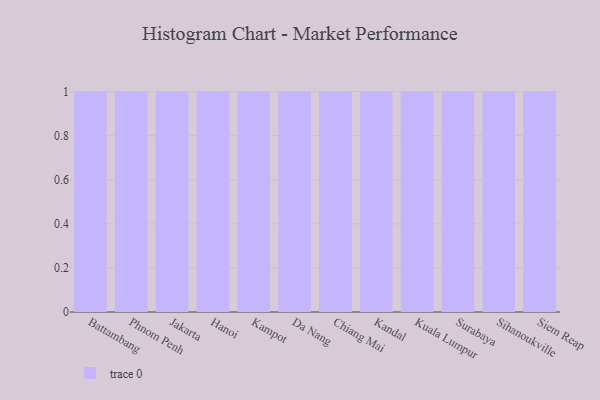
{"axis": {"x": "City", "y": "Market Share (%)"}, "legend": [""], "data": [{"x": "Battambang", "y": 43, "type": ""}, {"x": "Phnom Penh", "y": 23, "type": ""}, {"x": "Jakarta", "y": 8, "type": ""}, {"x": "Hanoi", "y": 11, "type": ""}, {"x": "Kampot", "y": 87, "type": ""}, {"x": "Da Nang", "y": 7, "type": ""}, {"x": "Chiang Mai", "y": 28, "type": ""}, {"x": "Kandal", "y": 75, "type": ""}, {"x": "Kuala Lumpur", "y": 26, "type": ""}, {"x": "Surabaya", "y": 65, "type": ""}, {"x": "Sihanoukville", "y": 46, "type": ""}, {"x": "Siem Reap", "y": 40, "type": ""}]}